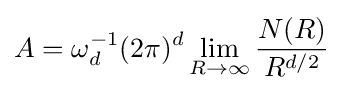
A=\omega _{d}^{-1}(2\pi )^{d}\lim _{R\to \infty }{\frac {N(R)}{R^{d/2}}}